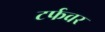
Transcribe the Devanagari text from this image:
टर्फवर